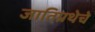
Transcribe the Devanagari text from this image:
जातिप्रथेचे